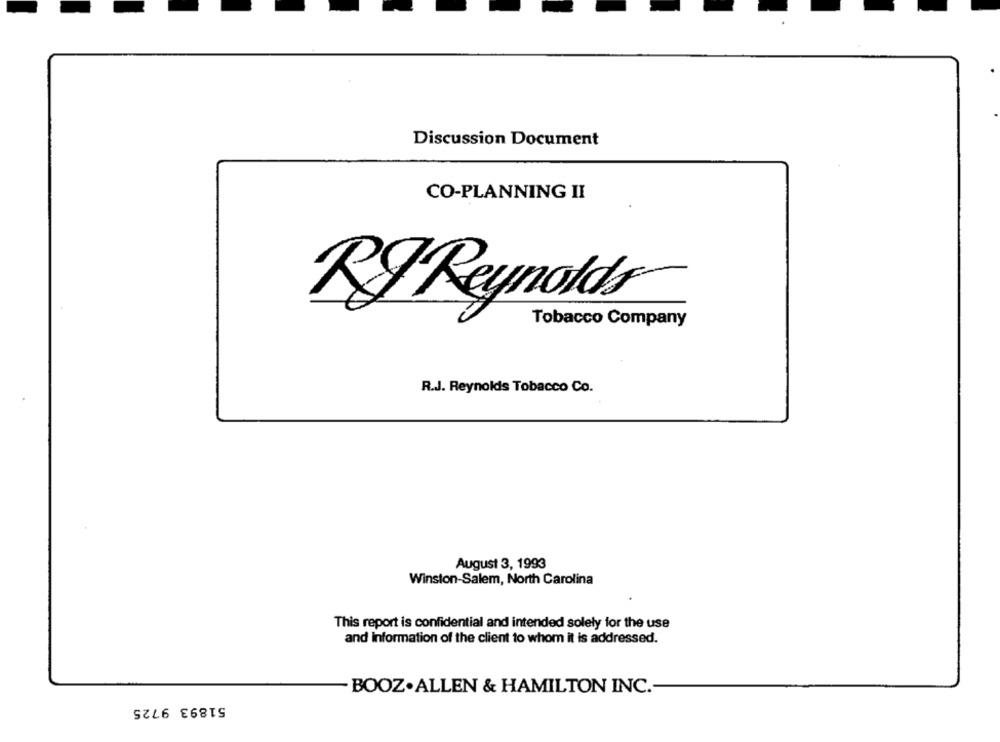
Discussion Document
CO-PLANNING II
RIReynolds
Tobacco Company
R.J. Reynolds Tobacco Co.
August 3, 1993
Winston-Salem, North Carolina
This report is confidential and intended solely for the use
and information of the client to whom it is addressed.
BOOZ.ALLEN & HAMILTON INC .-
51893 9725